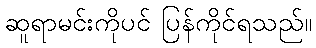
ဆူရာမင်းကိုပင် ပြန်ကိုင်ရသည်။